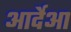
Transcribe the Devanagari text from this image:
आर्देआ